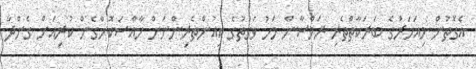
އެގޮތުން މިއަހަރުގެ ބަަރަކާތްތެރި ރަމްޟާން މަހު ވަގުތުގެ ކިއުންތެރިންނަށް ހާއްސަކޮށްގެން ކުރިއަށް ގެންދާ